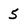
Character: 5